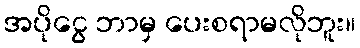
အပိုငွေ ဘာမှ ပေးစရာမလိုဘူး။